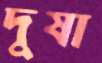
দুষা